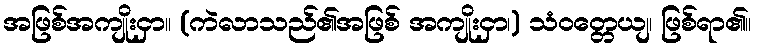
အဖြစ်အကျိုးငှာ။ (ကဲလာသည်၏အဖြစ် အကျိုးငှာ၊) သံဝတ္တေယျ၊ ဖြစ်ရာ၏။